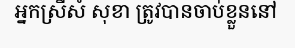
អ្នកស្រីសំ សុខា ត្រូវបានចាប់ខ្លួននៅ